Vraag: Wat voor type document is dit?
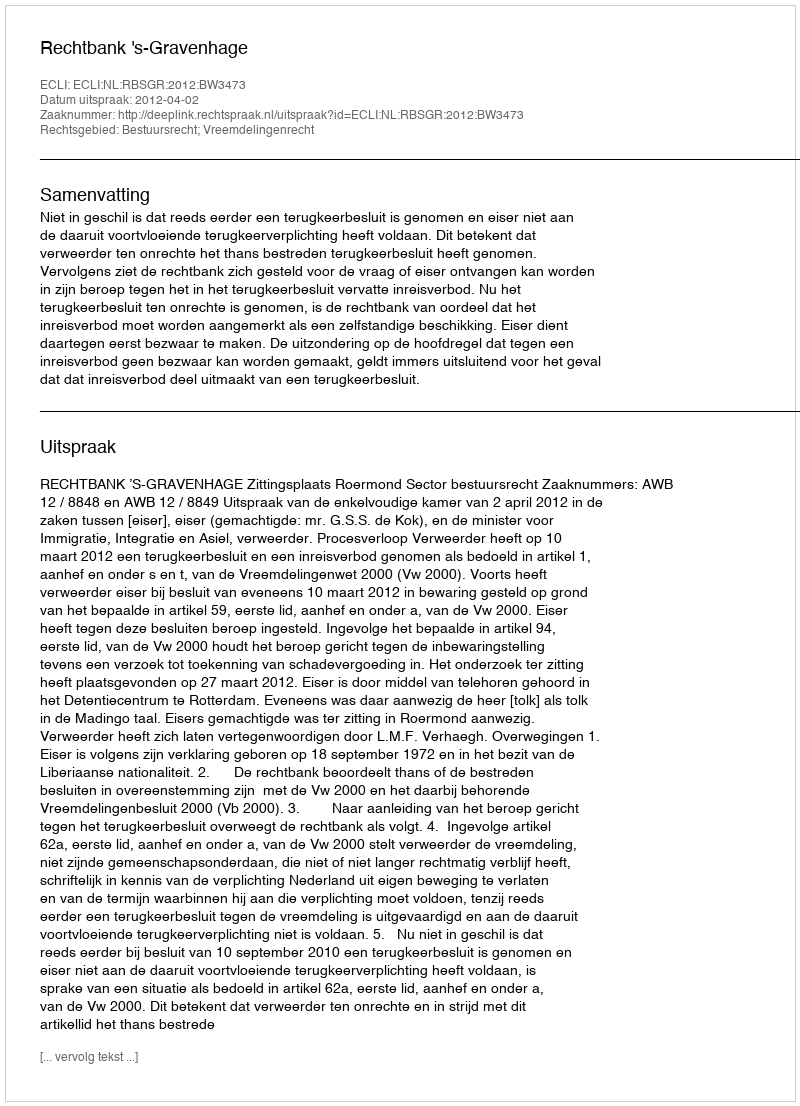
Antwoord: Uitspraak